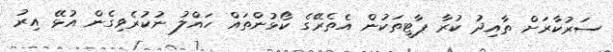
ސަރުކާރަށް ތާއިދު ކުރާ ޕާޓީތަކުން އެތެރޭގެ ކޯޅުންތައް ހައްލު ނުކުރެވިގެން އުޅޭ އިރު